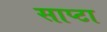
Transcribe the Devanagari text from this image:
साप्टा